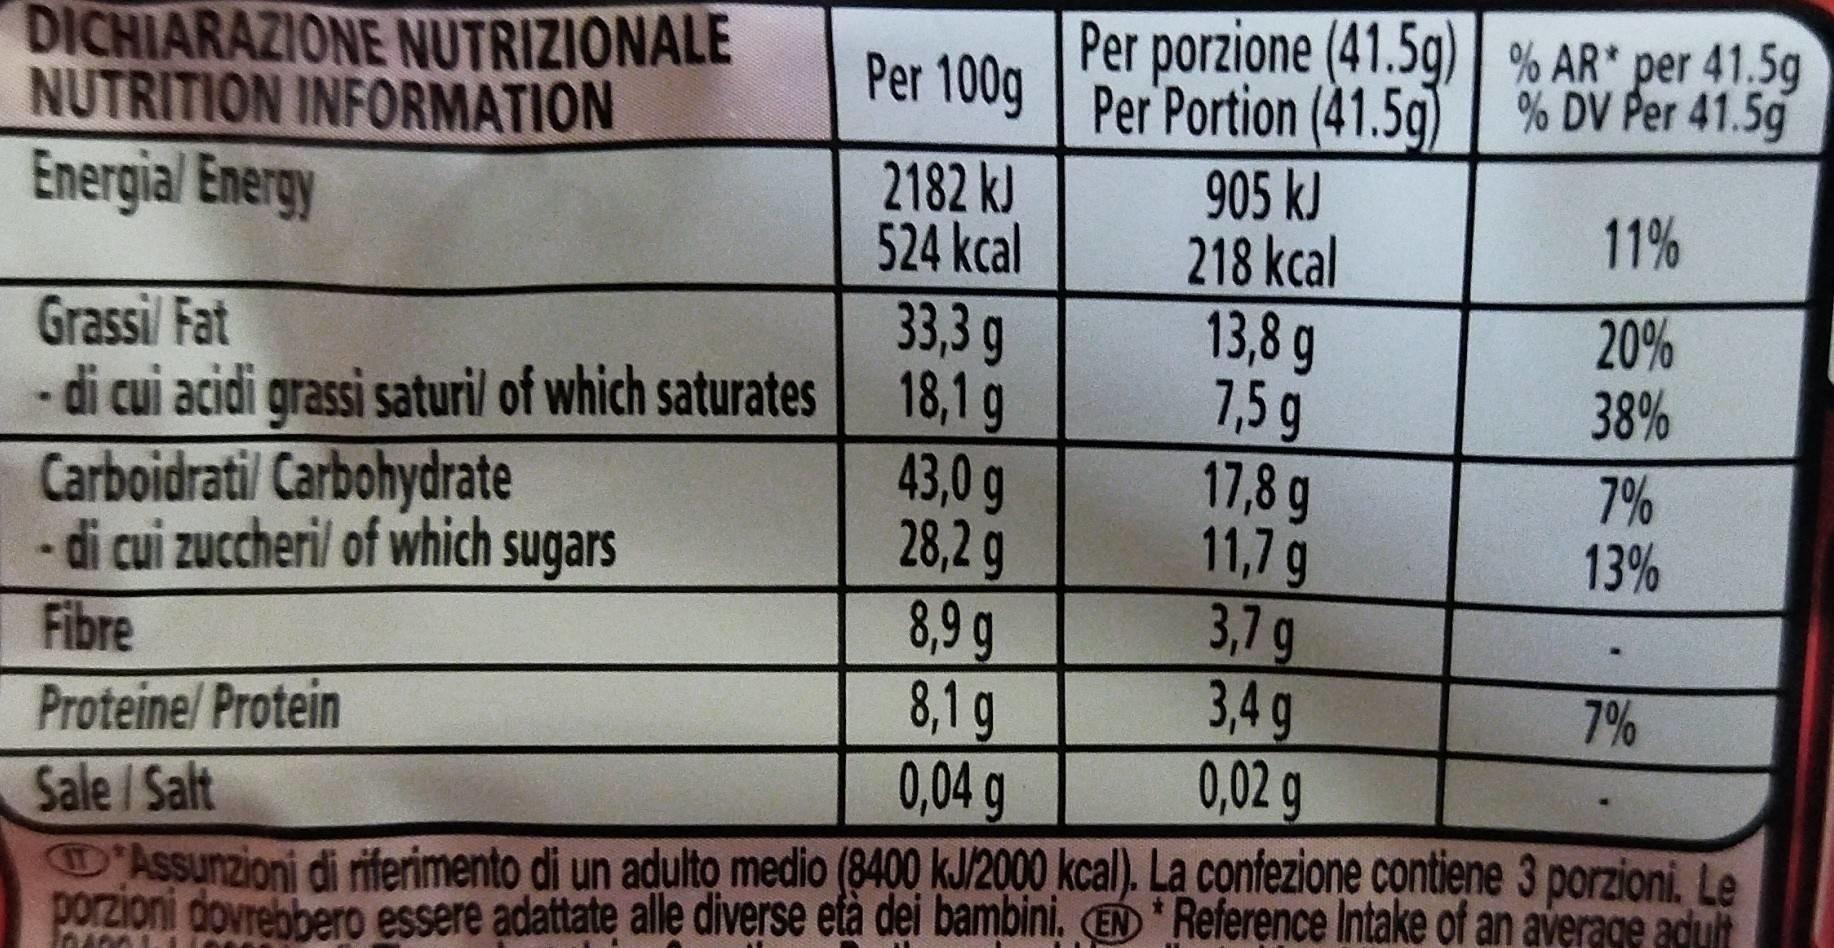
DICHIARAZIONE NUTRIZIONALE NUTRITION INFORMATION
Energial Energy
Grassi/ Fat
di cui acidi grassi saturi/ of which saturates
Per porzione (41.5g)% AR* per 41.5g Per 100g Per Portion (41.5g) % DV Per 41.5g
2182 kJ
524 kcal
33,3 g
18,1 g
905 kJ
218 kcal
43,0 g
28,2 g
13,8 g
7,5 g
Carboidrati/ Carbohydrate
- di cui zuccheril of which sugars
Fibre
8,9 g
8,1 g
Proteine/ Protein
0,04 g
Sale / Salt
D'Assunzioni di riferimento di un adulto medio (8400 kJ/2000 kcal). La confezione contiene 3 porzioni. Le porzioni dovrebbero essere adattate alle diverse età dei bambini. (EN* Reference Intake of an average adult
MAMI
17,8 g
11,7 g
11%
20%
38%
3,7 g
3,4 g
0,02 g
7%
13%
7%